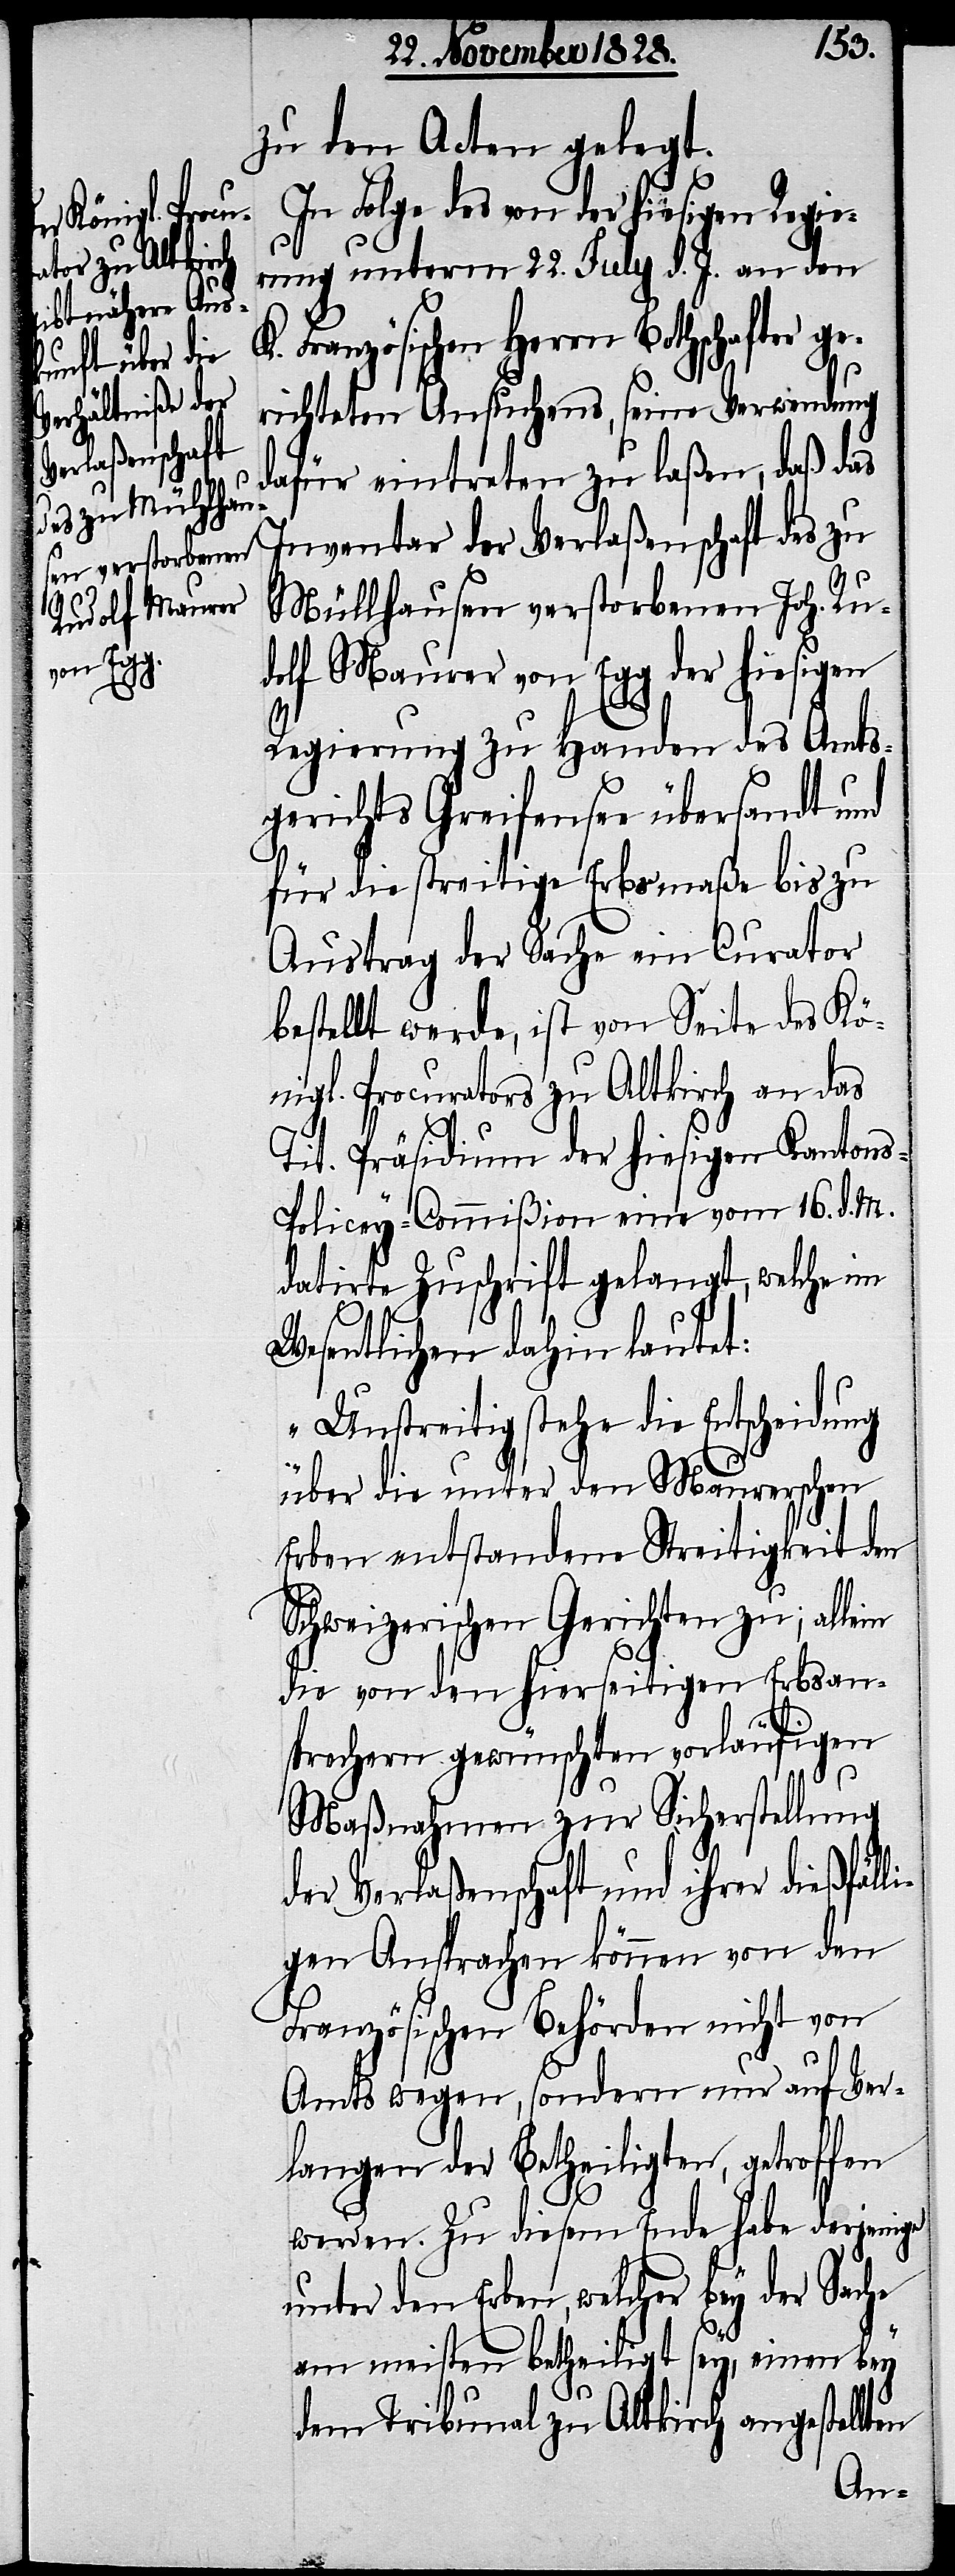
zu den Acten gelegt.
In Folge des von der hiesigen Regie¬
rung unterm 22. July d. J. an den
Französischen Herrn Bothschafter ge¬
richteten Ansuchens, seine Verwendung
dafür eintreten zu laßen, daß das
Inventar der Verlaßenschaft des zu
Müllhausen verstorbenen Joh. Ru¬
dolf Maurer von Egg der hiesigen
Regierung zu Handen des Amts¬
gerichts Greifensee übersandt und
für die streitige Erbsmaße bis zu
Austrag der Sache ein Curator
bestellt werde, ist von Seite des Kö¬
nigl. Procurators zu Altkirch an das
Tit. Präsidium der hiesigen Kanton¬
s-Policey-Commißion eine vom 16. d. M.
datirte Zuschrift gelangt, welche im
Wesentlichen dahin lautet:
„Unstreitig stehe die Entscheidung
über die unter den Maurerschen
Erben entstandene Streitigkeit den
Schweizerischen Gerichten zu; allein
die von den hierseitigen Erbsan¬
sprechern gewünschten vorläufigen
Maßnahmen zur Sicherstellung
der Verlaßenschaft und ihrer dießfäl¬
ligen Ansprachen können von den
Französischen Behörden nicht von
Amts wegen, sondern nur auf Ver¬
langen des Betheiligten, getroffen
werden. Zu diesem Ende habe derjenige
unter den Erben, welcher bey der Sache
am meisten betheiligt sey, einen bey
dem Tribunal zu Altkirch angestellten